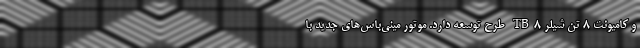
و کامیونت 8 تن شیلر TB8 طرح توسعه دارد. موتور مینی‌باس‌های جدید با